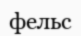
фельс